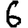
Digit: 6